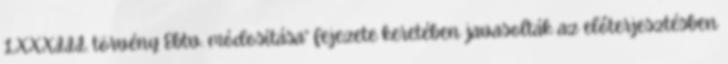
LXXXIII. törvény Ebtv. módosítása” fejezete keretében javasolták az előterjesztésben